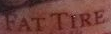
FAT TIRE